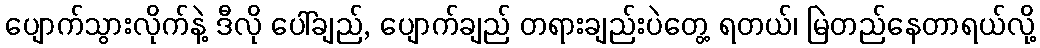
ပျောက်သွားလိုက်နဲ့ ဒီလို ပေါ်ချည်, ပျောက်ချည် တရားချည်းပဲတွေ့ ရတယ်၊ မြဲတည်နေတာရယ်လို့